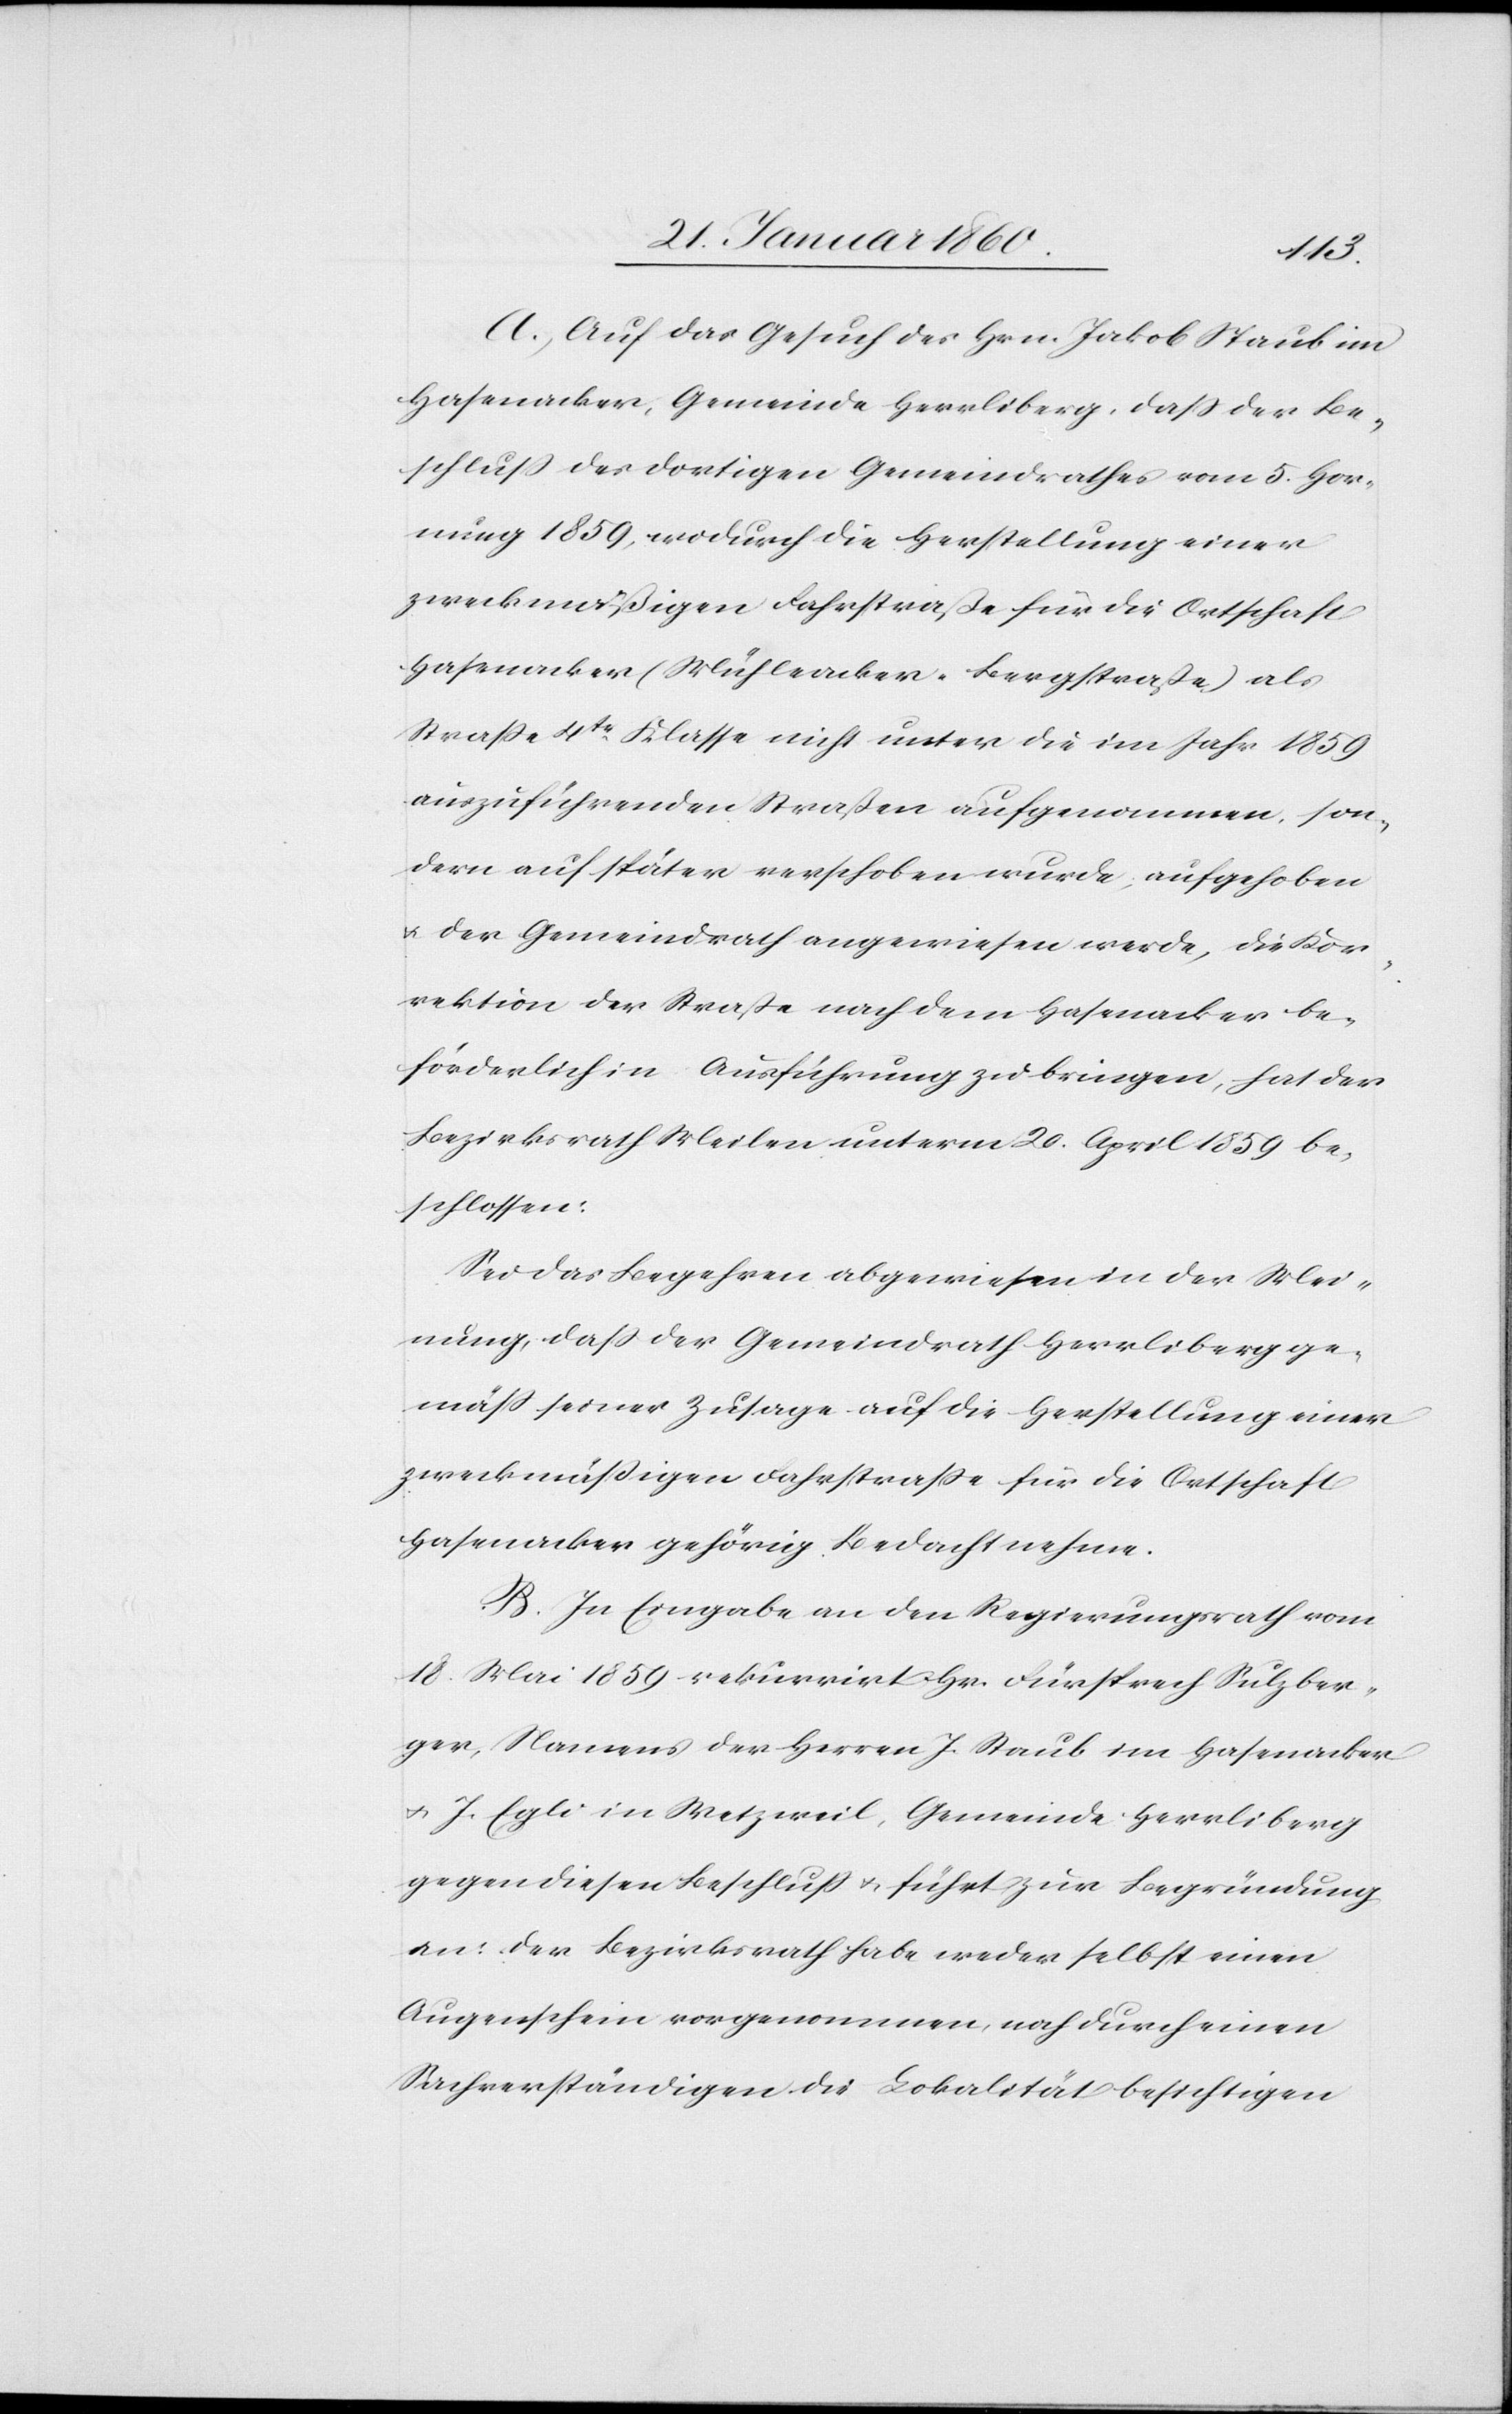
A. Auf das Gesuch des Hrn. Jakob Staub im
Hasenacker, Gemeinde Herrliberg, dass der Be¬
schluß des dortigen Gemeindrathes vom 5. Hor¬
nung 1859, wodurch die Herstellung einer
zweckmäßigen Fahrstrasse für die Ortschaft
Hasenacker (Mühleacker-Bergstrasse) als
Strasse 4tr Klasse nicht unter die im Jahr 1859
auszuführenden Straßen aufgenommen, son¬
dern auf später verschoben wurde, aufgehoben
u. der Gemeindrath angewiesen werde, die Kor¬
rektion der Strasse nach dem Hasenacker be¬
förderlich in Ausführung zu bringen, hat der
Bezirksrath Meilen unterm 20. April 1859 be¬
schlossen
Sei das Begehren abgewiesen in der Mei¬
nung, dass der Gemeindrath Herrliberg ge¬
mäss seiner Zusage auf die Herstellung einer
Hasenacker gehörig Bedacht nehme.
B. In Eingabe an den Regierungsrath vom
18. Mai 1859 rekurrirt Hr. Fürsprech Sulzber¬
ger, Namens der Herren J. Staub im Hasenacker
u. J. Egli in Metzweil, Gemeinde Herrliberg
gegen diesen Beschluß u. führt zur Begründung
an: der Bezirksrath habe weder selbst einen
Augenschein vorgenommen, noch durch einen
Sachverständigen die Lokalität besichtigen